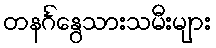
တနင်္ဂနွေသားသမီးများ